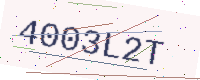
Text: 4003L2T